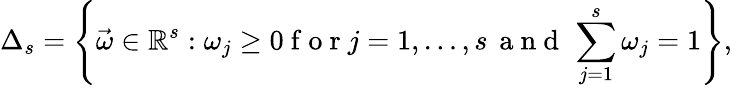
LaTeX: \Delta_{s}=\left\{ \vec{\omega}\in\mathbb{R}^{s}:\omega_{j}\geq 0\mathrm{~f~o~r~}j=1,\dots,s\, \mathrm{~a~n~d~}\, \sum_{j=1}^{s}\omega_{j}=1\right\} ,